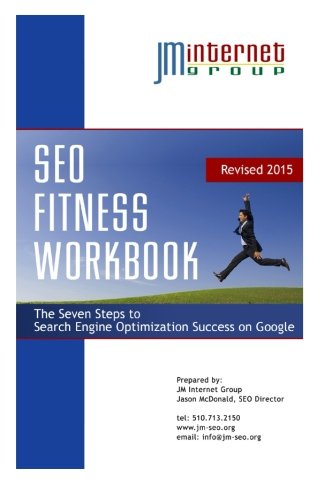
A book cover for SEO Fitness Workbook: 2015 Edition: The Seven Steps to Search Engine Optimization Success on Google; Jason McDonald; Computers & Technology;